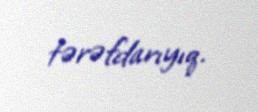
tərəfdarıyıq.